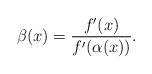
LaTeX: \begin{align*} \beta(x) = \frac{ f'(x)}{ f'(\alpha(x))} .\end{align*}